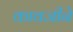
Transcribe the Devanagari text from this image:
कावजीने